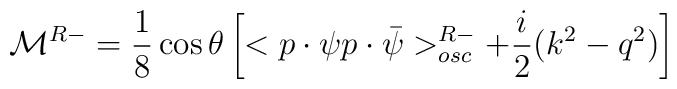
{\cal M}^{R-} = \frac 18 \cos \theta \left[  <p \cdot \psi p \cdot \bar \psi>^{R-}_{osc} + \frac i2 (k^2 - q^2) \right]